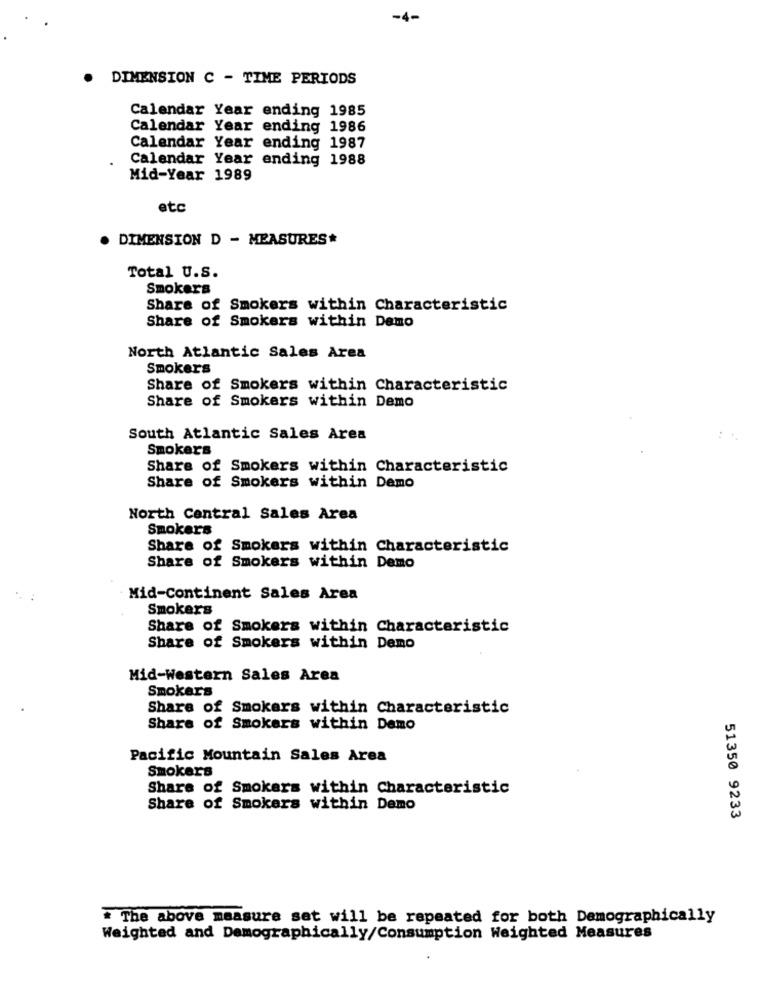
-4-
DIMENSION C - TIME PERIODS
Calendar Year ending 1985
Calendar Year ending 1986
Calendar Year ending 1987
Calendar Year ending 1988
Mid-Year 1989
etc
. DIMENSION D - MEASURES*
Total U.S.
Smokers
Share of Smokers within Characteristic
Share of Smokers within Demo
North Atlantic Sales Area
Smokers
Share of Smokers within Characteristic
Share of Smokers within Demo
South Atlantic Sales Area
Smokers
Share of Smokers within Characteristic
Share of Smokers within Demo
North Central Sales Area
Smokers
Share of Smokers within Characteristic
Share of Smokers within Demo
Mid-Continent Sales Area
Smokers
Share of Smokers within Characteristic
Share of Smokers within Demo
Mid-Western Sales Area
Smokers
Share of Smokers within Characteristic
Share of Smokers within Demo
Pacific Mountain Sales Area
Smokers
Share of Smokers within Characteristic
Share of Smokers within Demo
51350 9233
* The above measure set will be repeated for both Demographically
Weighted and Demographically/Consumption Weighted Measures